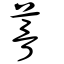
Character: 蓇